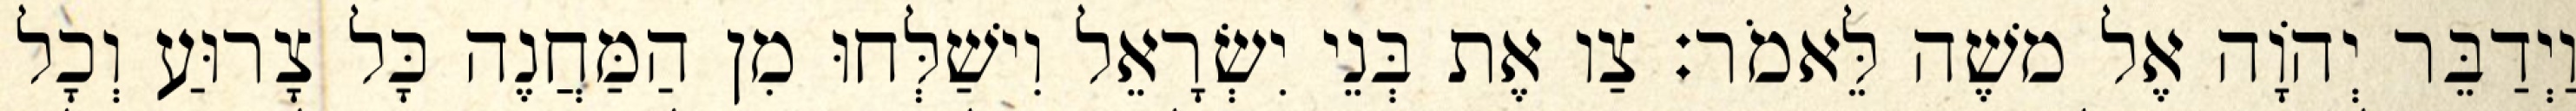
וַיְדַבֵּר יְהוָֹה אֶל משֶׁה לֵּאמֹר׃ צַו אֶת בְּנֵי יִשְׂרָאֵל וִישַׁלְּחוּ מִן הַמַּחֲנֶה כָּל צָרוּעַ וְכָל